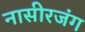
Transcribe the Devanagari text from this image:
नासीरजंग